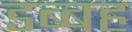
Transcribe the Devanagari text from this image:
डब्बह